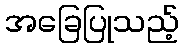
အခြေပြုသည့်